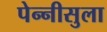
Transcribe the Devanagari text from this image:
पेन्‍नीसुला